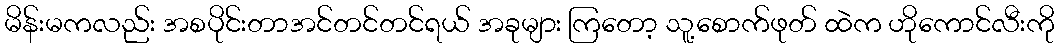
မိန်းမကလည်း အစပိုင်းတာအင်တင်တင်ရယ် အခုများ ကြတော့ သူ့စောက်ဖုတ် ထဲက ဟိုကောင်လီးကို